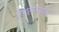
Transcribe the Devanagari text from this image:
विपस्सनेसाठी